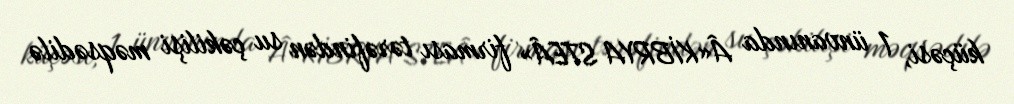
küçəsi, 1 ünvanında Â«KİBRYA STEÂ» firması tərəfindən su çəkilişi məqsədilə